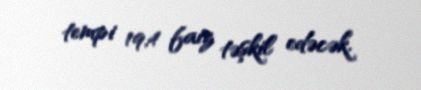
tempi 19,4 faiz təşkil edəcək.